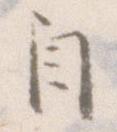
自